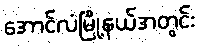
အောင်လံမြို့နယ်အတွင်း